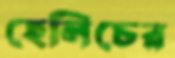
হেলিচের